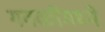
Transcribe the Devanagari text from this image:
गवळींमध्ये